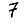
Digit: 7